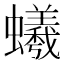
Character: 𧔠